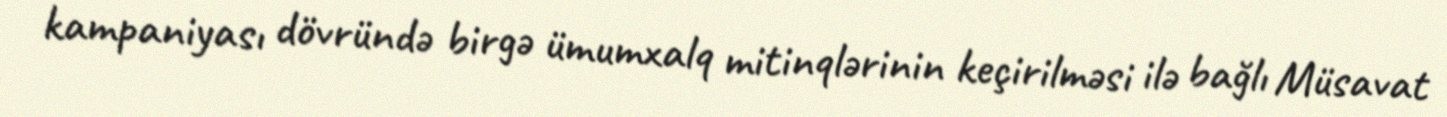
kampaniyası dövründə birgə ümumxalq mitinqlərinin keçirilməsi ilə bağlı Müsavat